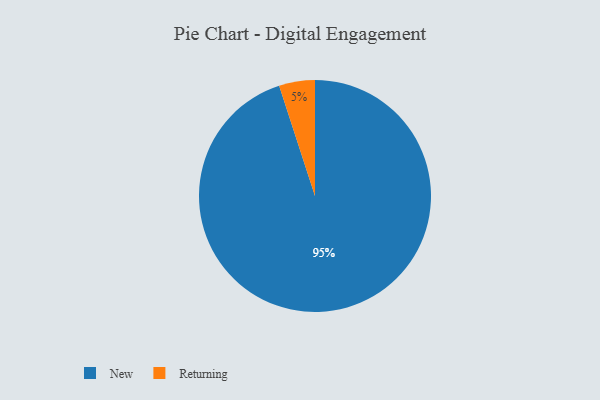
{"axis": {"x": "Category", "y": "Percentage"}, "legend": ["New", "Returning"], "data": [{"x": "New", "y": 95, "type": "New"}, {"x": "Returning", "y": 5, "type": "Returning"}]}